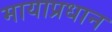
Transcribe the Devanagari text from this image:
मायाप्रधान